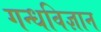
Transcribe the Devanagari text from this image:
गन्धविज्ञान